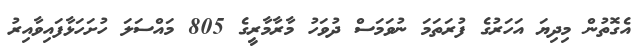
އެގޮތުން މިދިޔަ އަހަރުގެެ ފުރަތަމަ ނުވަމަސް ދުވަހު މާރާމާރީގެ 805 މައްސަލަ ހުށަހަޅާފައިވާއިރު